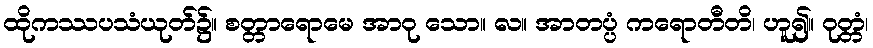
ထိုကဿပသံယုတ်၌။ စတ္တာရောမေ အာဝု သော။ လ။ အာတပ္ပံ ကရောတီတိ၊ ဟူ၍။ ဝုတ္တံ၊